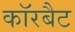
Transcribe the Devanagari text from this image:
कॉरबैट